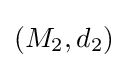
(M_{2},d_{2})